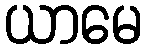
ယာမေ